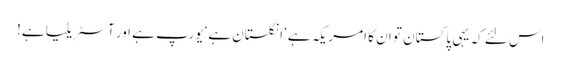
اس لئے کہ یہی پاکستان تو ان کا امریکہ ہے‘ انگلستان ہے‘ یورپ ہے اور آسٹریلیا ہے!